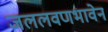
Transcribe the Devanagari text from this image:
जललवणभावेन